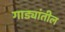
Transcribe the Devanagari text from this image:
गाड्यांतील